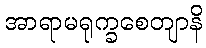
အာရာမရုက္ခစေတျာနိ